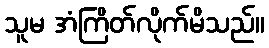
သူမ အံကြိတ်လိုက်မိသည်။